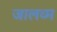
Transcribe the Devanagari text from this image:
जालव्म